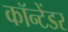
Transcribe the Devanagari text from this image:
कॉन्टेंडर